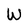
Character: W